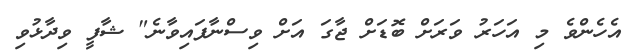
އެހެންވެ މި އަހަރު ވަރަށް ބޮޑަށް ޖާގަ އަށް ވިސްނާފައިވާނެ" ޝާފީ ވިދާޅުވި